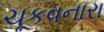
ચૂકવનારા